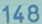
148